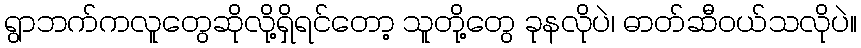
ရွာဘက်ကလူတွေဆိုလို့ရှိရင်တော့ သူတို့တွေ ခုနလိုပဲ၊ ဓာတ်ဆီဝယ်သလိုပဲ။